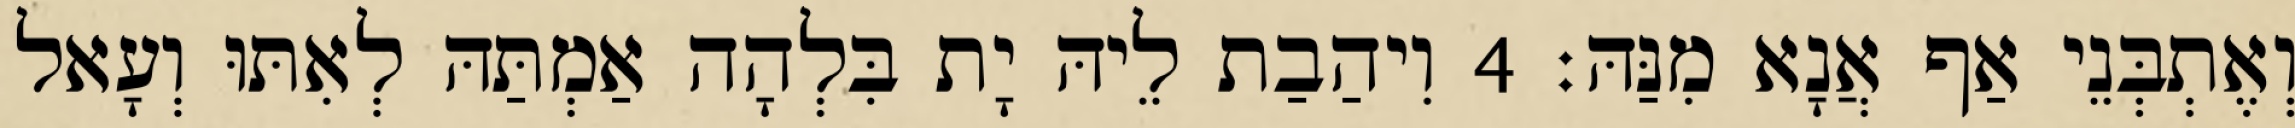
וְאֶתְבְּנֵי אַף אֲנָא מִנַּהּ׃ 4 וִיהַבַת לֵיהּ יָת בִּלְהָה אַמְתַּהּ לְאִתּוּ וְעָאל